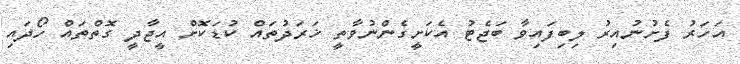
އަހަރު ފެށުނުއިރު ލިބިފައިވާ ބަޖެޓު އެކަށީގެންނުވާތީ ޚަރަދުތައް ކުޑަކޮށް އީޖާދީ ގޮތްތައް ހޯދައި